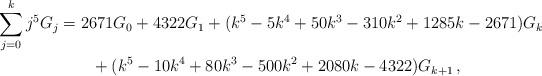
LaTeX: \begin{align*}\sum_{j = 0}^k {j^5 G_j }&= 2671G_0 + 4322G_1 + (k^5 - 5k^4 + 50k^3 - 310k^2 + 1285k - 2671)G_k\\&\qquad+ (k^5 - 10k^4 + 80k^3 - 500k^2 + 2080k - 4322)G_{k + 1}\,,\end{align*}